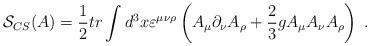
LaTeX: \begin{align*}\mathcal{S}_{CS}(A)=\frac 12tr\int d^3x\varepsilon ^{\mu \nu \rho }\left(A_\mu \partial _\nu A_\rho +\frac 23gA_\mu A_\nu A_\rho \right) \;.\end{align*}